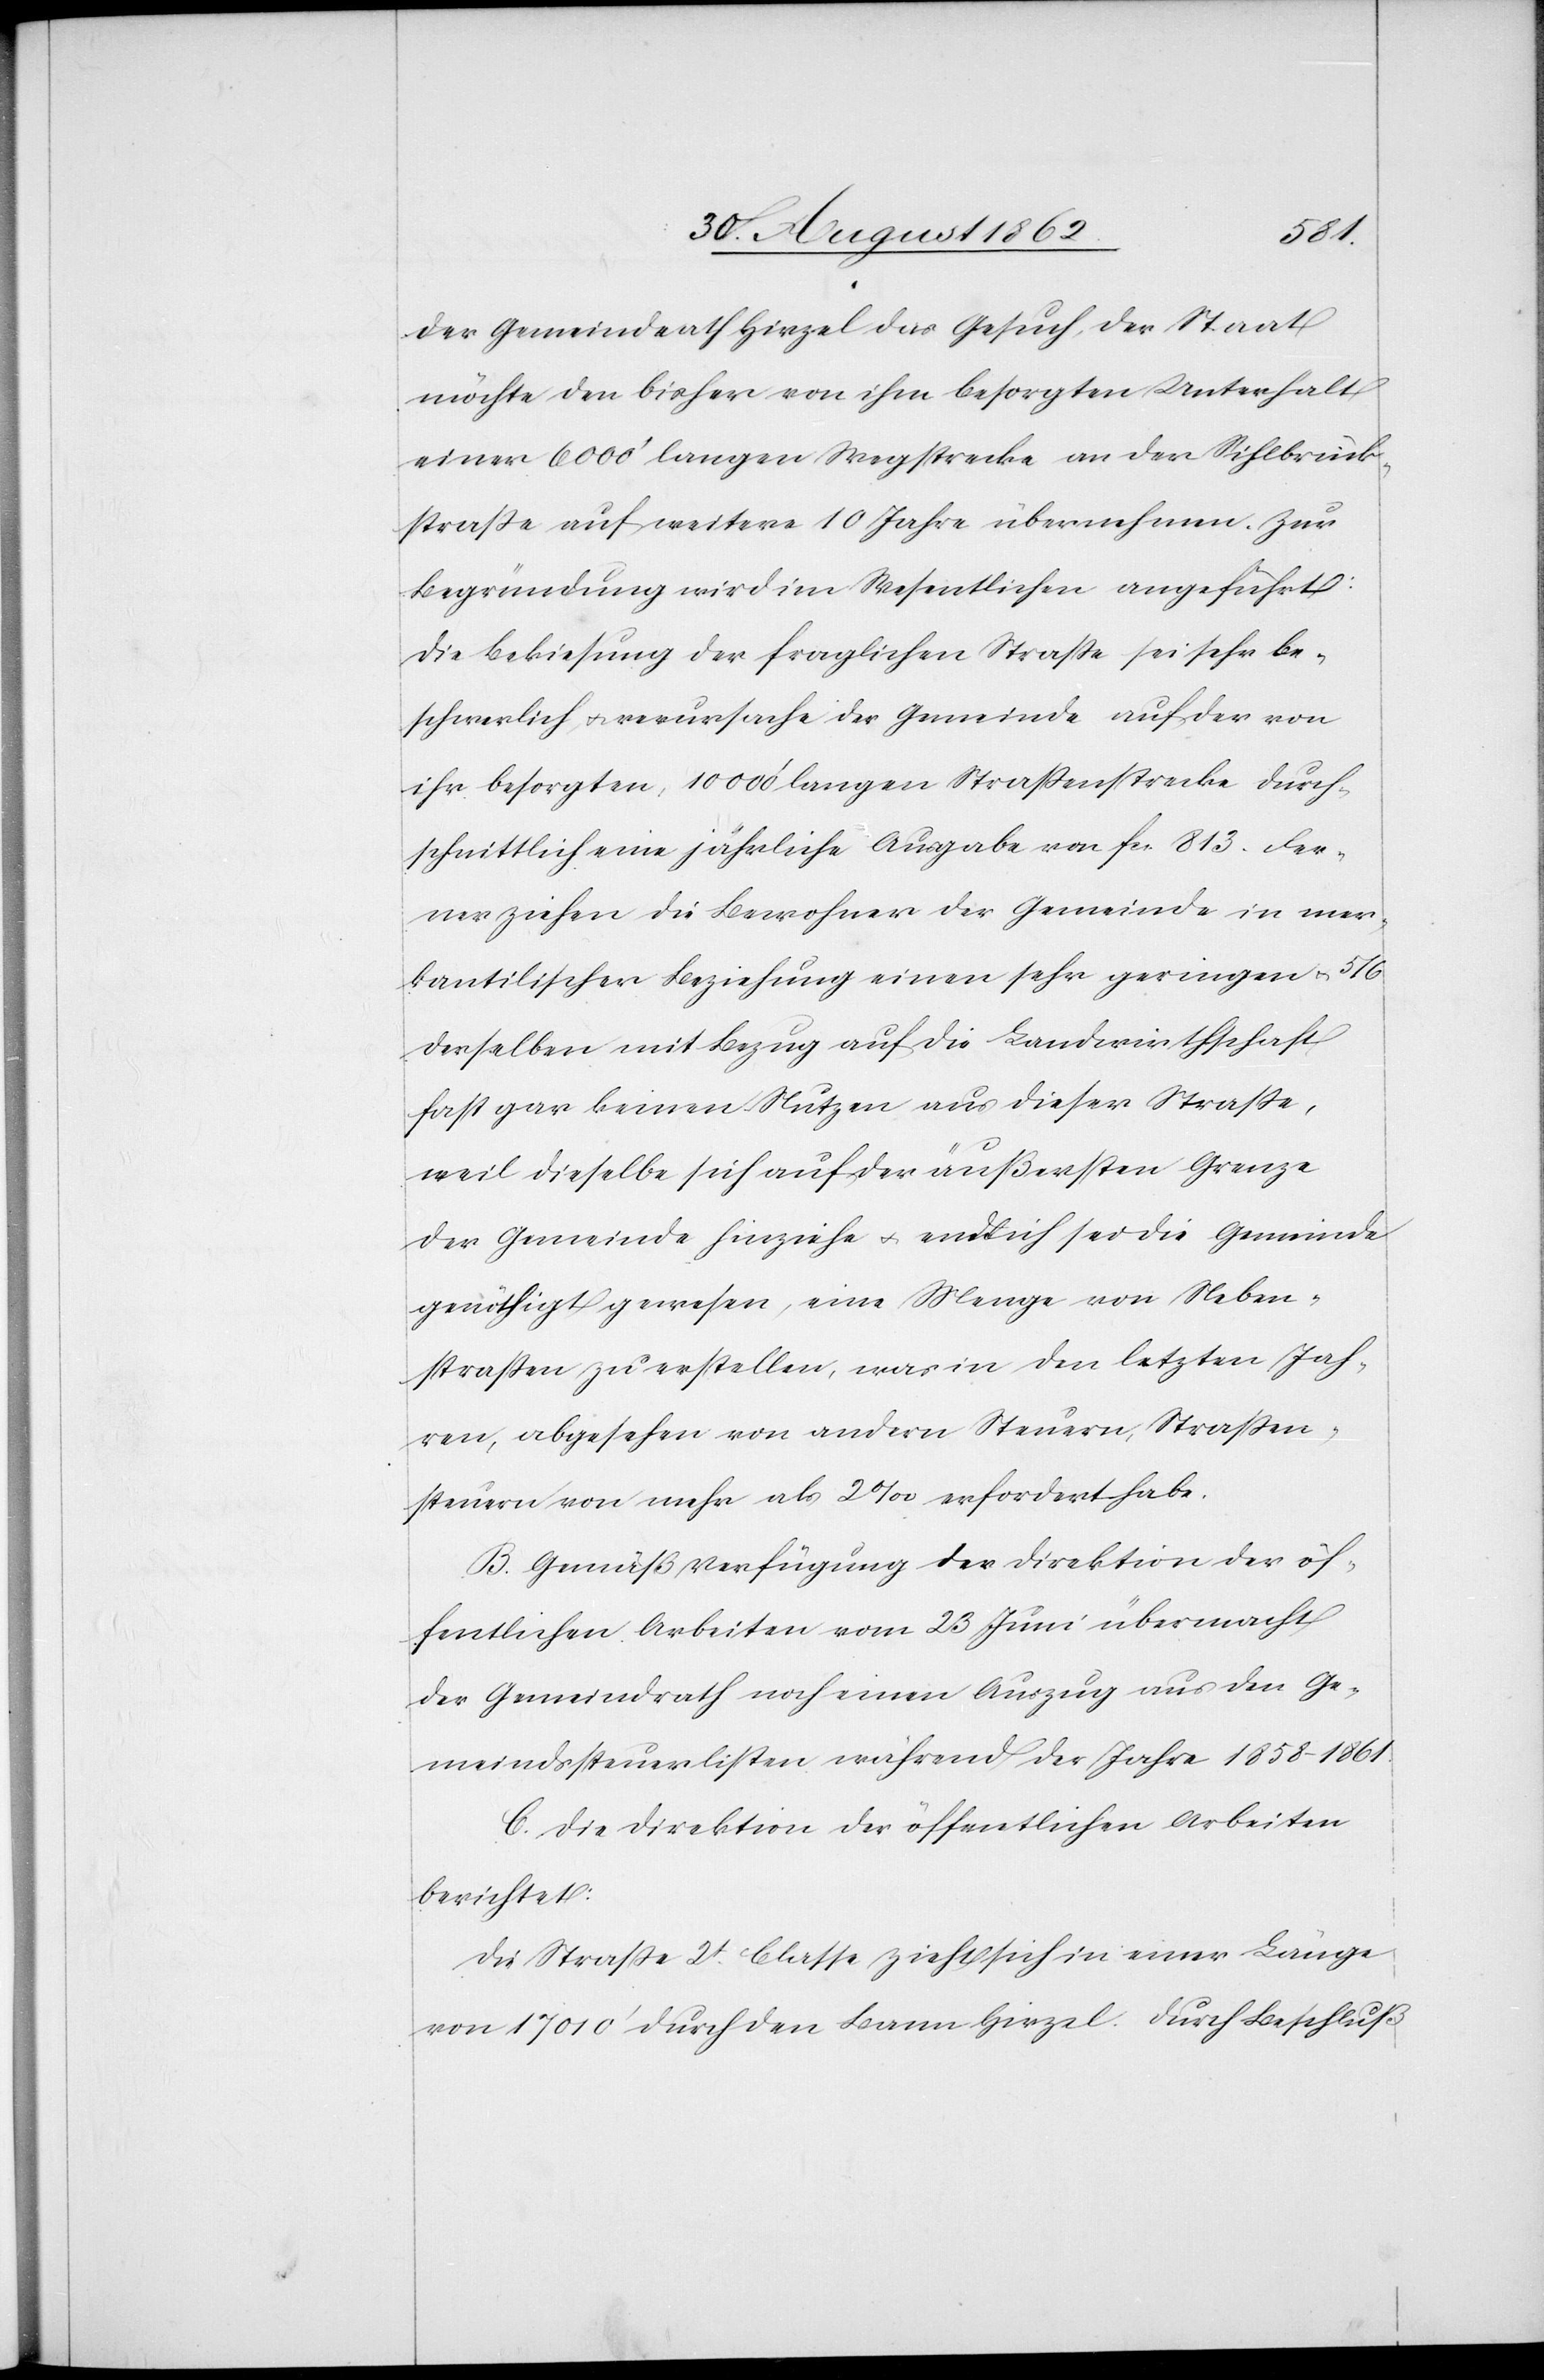
der Gemeindrath Hirzel das Gesuch, der Staat
möchte den bisher von ihm besorgten Unterhalt
einer 6000’ langen Wegstrecke an der Sihlbrück¬
straße auf weitere 10 Jahre übernehmen. Zur
Begründung wird im Wesentlichen angeführt:
Die Bekiesung der fraglichen Straße sei sehr be¬
schwerlich, u. verursache der Gemeinde auf der von
ihr besorgten, 10 000’ langen Straßenstrecke durch¬
schnittlich eine jährliche Ausgabe von fcs. 813. Fer¬
ner ziehen die Bewohner der Gemeinde in mer¬
kantilischer Beziehung einen sehr geringen u. 5/6
derselben mit Bezug auf die Landwirthschaft
gar keinen Nutzen aus dieser Straße,
weil dieselbe sich auf der äußersten Grenze
der Gemeinde hinziehe u. endlich sei die Gemeinde
genöthigt gewesen, eine Menge von Neben¬
straßen zu erstellen, was in den letzten Jah¬
ren, abgesehen von andern Steuern, Straßen¬
steuern von mehr als 2‰ erfordert habe.
B. Gemäß Verfügung der Direktion der öf¬
fentlichen Arbeiten vom 23. Juni übermacht
der Gemeindrath noch einen Auszug aus den Ge¬
meindssteuerlisten während der Jahre 1858–1861.
C. Die Direktion der öffentlichen Arbeiten
berichtet:
Die Straße 2t Classe zieht sich in einer Länge
von 17 010’ durch den Bann Hirzel. Durch Beschluß